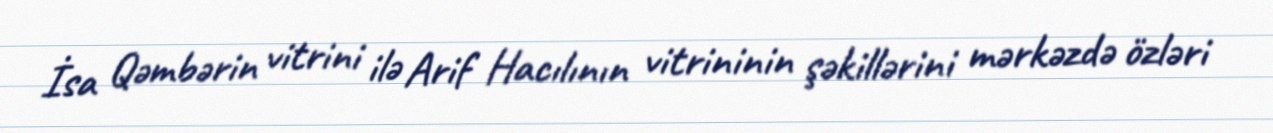
İsa Qəmbərin vitrini ilə Arif Hacılının vitrininin şəkillərini mərkəzdə özləri